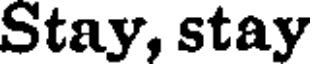
Stay, stay